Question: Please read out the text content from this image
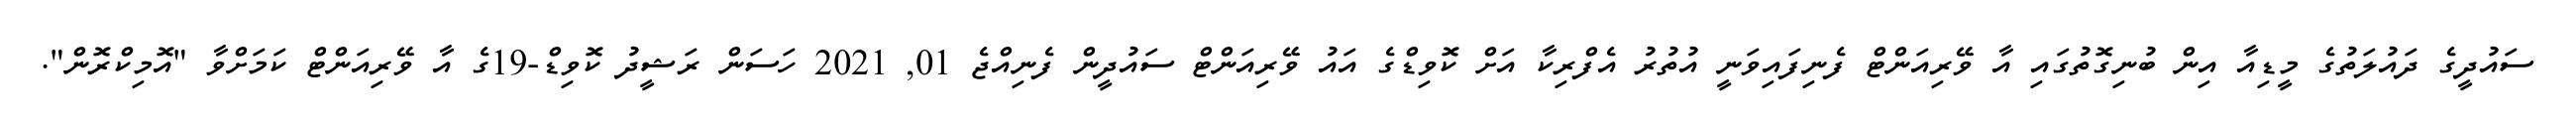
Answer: ސައުދީގެ ދައުލަތުގެ މީޑިއާ އިން ބުނިގޮތުގައި އާ ވޭރިއަންޓް ފެނިފައިވަނީ އުތުރު އެފްރިކާ އަށް ކޮވިޑްގެ އައު ވޭރިއަންޓް ސައުދީން ފެނިއްޖެ 01, 2021 ހަސަން ރަޝީދު ކޮވިޑް-19ގެ އާ ވޭރިއަންޓް ކަމަށްވާ "އޮމިކްރޮން".